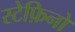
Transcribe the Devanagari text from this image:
स्टेफ़िनो